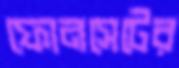
ফোনসেটের